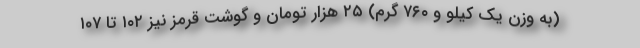
(به وزن یک کیلو و ۷۶۰ گرم) ۲۵ هزار تومان و گوشت قرمز نیز ۱۰۲ تا ۱۰۷